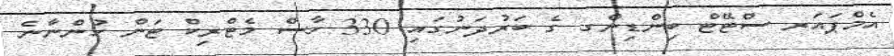
އެމްޕައަރ ސްޓޭޓް ބިންޑިންގ ގެ ބަރުދަނުގައި 330 ހާސް މެޓްރިކް ޓަން ހުންނާނެ